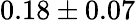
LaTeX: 0.18\pm 0.07